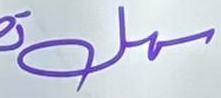
سهل